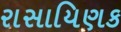
રાસાયિણક